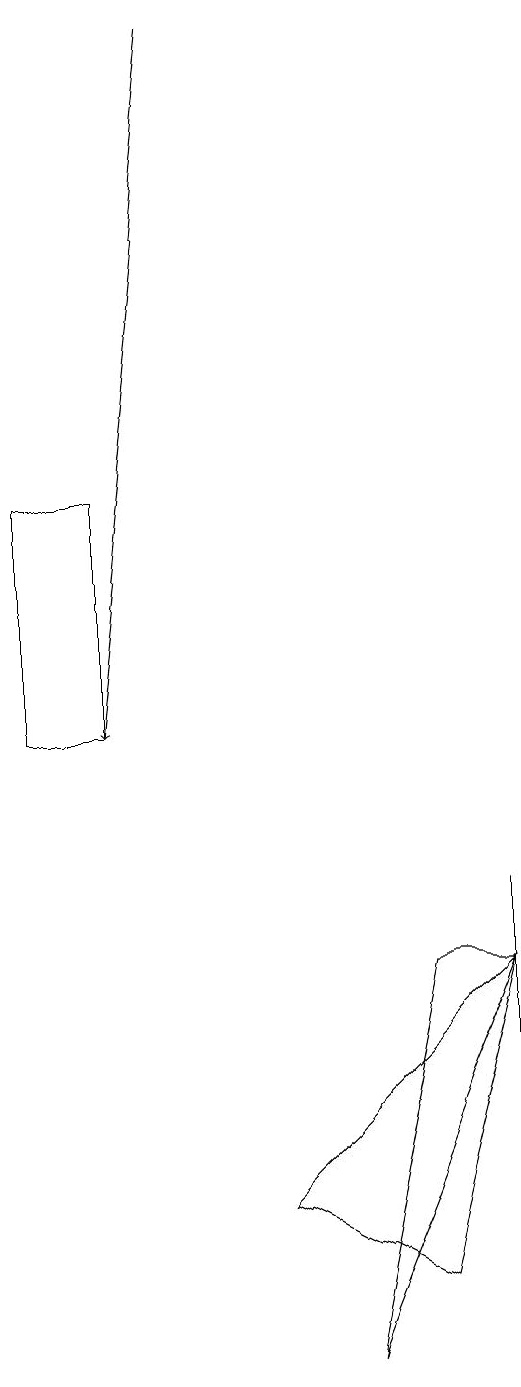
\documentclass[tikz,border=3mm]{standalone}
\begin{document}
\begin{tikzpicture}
\draw (3,4) -- (6,7) -- (5,3) -- cycle;
\draw[->] (2,19) -- (1,10);
\draw (4,2) -- (6,7) -- (5,7) -- cycle;
\draw (6,8) -- (6,7) -- (6,3) -- cycle;
\draw (0,10) rectangle (1,13);
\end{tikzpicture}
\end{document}